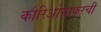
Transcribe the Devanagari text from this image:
कोरिओग्राफरची